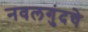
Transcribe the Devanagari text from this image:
नवलगुंदचे